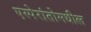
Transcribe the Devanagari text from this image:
एस्पेरांतोमधील